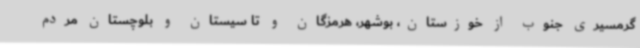
گرمسیری جنوب از خوزستان، بوشهر، هرمزگان و تا سیستان و بلوچستان مردم